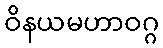
ဝိနယမဟာဝဂ္ဂ